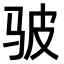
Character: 𫘟